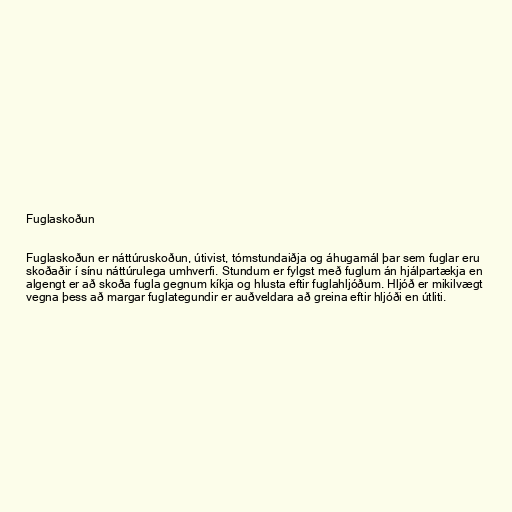
Fuglaskoðun

Fuglaskoðun er náttúruskoðun, útivist, tómstundaiðja og áhugamál þar sem fuglar eru
skoðaðir í sínu náttúrulega umhverfi. Stundum er fylgst með fuglum án hjálpartækja en
algengt er að skoða fugla gegnum kíkja og hlusta eftir fuglahljóðum. Hljóð er mikilvægt
vegna þess að margar fuglategundir er auðveldara að greina eftir hljóði en útliti.